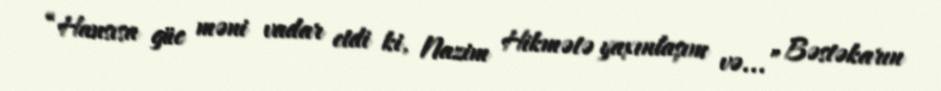
“Hansısa güc məni vadar etdi ki, Nazim Hikmətə yaxınlaşım və...” Bəstəkarın